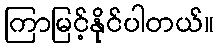
ကြာမြင့်နိုင်ပါတယ်။